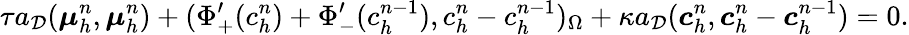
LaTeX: \tau a_{\mathcal{D}}(\boldsymbol{\mu}_{h}^{n},\boldsymbol{\mu}_{h}^{n})+(\Phi_{+}^{\prime}(c_{h}^{n})+\Phi_{-}^{\prime}(c_{h}^{n-1}),c_{h}^{n}-c_{h}^{n-1})_{\Omega}+\kappa a_{\mathcal{D}}(\boldsymbol{c}_{h}^{n},\boldsymbol{c}_{h}^{n}-\boldsymbol{c}_{h}^{n-1})=0.